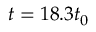
t = 1 8 . 3 { { t } _ { 0 } }